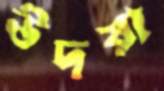
উদয়া